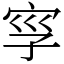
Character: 𡥜